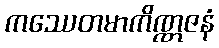
ကဿေတမာကိဏ္ဏဇနံ